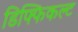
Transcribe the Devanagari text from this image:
डिफ्फिकल्ट